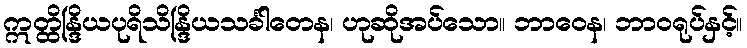
ဣတ္ထိန္ဒြိယပုရိသိန္ဒြိယသင်္ခါတေန၊ ဟုဆိုအပ်သော။ ဘာဝေန၊ ဘာဝရုပ်နှင့်။